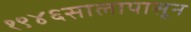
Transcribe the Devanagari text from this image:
१९४६सालापासून